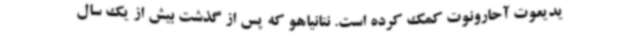
یدیعوت آحارونوت کمک کرده است. نتانیاهو که پس از گذشت بیش از یک سال